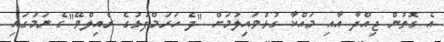
އެ ގޮތުން ޖިއްދާ އާއި މައްކާ ގުޅުވައިލުމަށް "ދެ ހަރަމްފުޅުގެ ރެއިލްވޭ"ގެ ނަމުގައި